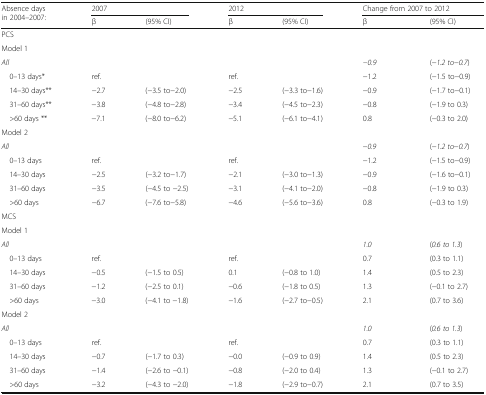
<table><thead><tr><td rowspan="2"><b>Absence days in 2004–2007:</b></td><td colspan="2"><b>2007</b></td><td colspan="2"><b>2012</b></td><td colspan="2"><b>Change from 2007 to 2012</b></td></tr><tr><td><b>β</b></td><td><b>(95% CI)</b></td><td><b>β</b></td><td><b>(95% CI)</b></td><td><b>β</b></td><td><b>(95% CI)</b></td></tr></thead><tbody><tr><td colspan="7">PCS</td></tr><tr><td colspan="7">Model 1</td></tr><tr><td><i>All</i></td><td></td><td></td><td></td><td></td><td><i>−0.9</i></td><td>(−<i>1.2 to</i>−<i>0.7</i>)</td></tr><tr><td> 0–13 days*</td><td>ref.</td><td></td><td>ref.</td><td></td><td>−1.2</td><td>(−1.5 to−0.9)</td></tr><tr><td> 14–30 days**</td><td>−2.7</td><td>(−3.5 to−2.0)</td><td>−2.5</td><td>(−3.3 to−1.6)</td><td>−0.9</td><td>(−1.7 to−0.1)</td></tr><tr><td> 31–60 days**</td><td>−3.8</td><td>(−4.8 to−2.8)</td><td>−3.4</td><td>(−4.5 to−2.3)</td><td>−0.8</td><td>(−1.9 to 0.3)</td></tr><tr><td> &gt;60 days **</td><td>−7.1</td><td>(−8.0 to−6.2)</td><td>−5.1</td><td>(−6.1 to−4.1)</td><td>0.8</td><td>(−0.3 to 2.0)</td></tr><tr><td colspan="7">Model 2</td></tr><tr><td><i>All</i></td><td></td><td></td><td></td><td></td><td>−<i>0.9</i></td><td>(−<i>1.2 to</i>−<i>0.7</i>)</td></tr><tr><td> 0–13 days</td><td>ref.</td><td></td><td>ref.</td><td></td><td>−1.2</td><td>(−1.5 to−0.9)</td></tr><tr><td> 14–30 days</td><td>−2.5</td><td>(−3.2 to−1.7)</td><td>−2.1</td><td>(−3.0 to−1.3)</td><td>−0.9</td><td>(−1.6 to−0.1)</td></tr><tr><td> 31–60 days</td><td>−3.5</td><td>(−4.5 to −2.5)</td><td>−3.1</td><td>(−4.1 to−2.0)</td><td>−0.8</td><td>(−1.9 to 0.3)</td></tr><tr><td> &gt;60 days</td><td>−6.7</td><td>(−7.6 to−5.8)</td><td>−4.6</td><td>(−5.6 to−3.6)</td><td>0.8</td><td>(−0.3 to 1.9)</td></tr><tr><td colspan="7">MCS</td></tr><tr><td colspan="7">Model 1</td></tr><tr><td><i>All</i></td><td></td><td></td><td></td><td></td><td><i>1.0</i></td><td>(<i>0.6 to 1.3</i>)</td></tr><tr><td> 0–13 days</td><td>ref.</td><td></td><td>ref.</td><td></td><td>0.7</td><td>(0.3 to 1.1)</td></tr><tr><td> 14–30 days</td><td>−0.5</td><td>(−1.5 to 0.5)</td><td>0.1</td><td>(−0.8 to 1.0)</td><td>1.4</td><td>(0.5 to 2.3)</td></tr><tr><td> 31–60 days</td><td>−1.2</td><td>(−2.5 to 0.1)</td><td>−0.6</td><td>(−1.8 to 0.5)</td><td>1.3</td><td>(−0.1 to 2.7)</td></tr><tr><td> &gt;60 days</td><td>−3.0</td><td>(−4.1 to −1.8)</td><td>−1.6</td><td>(−2.7 to−0.5)</td><td>2.1</td><td>(0.7 to 3.6)</td></tr><tr><td colspan="7">Model 2</td></tr><tr><td><i>All</i></td><td></td><td></td><td></td><td></td><td><i>1.0</i></td><td>(<i>0.6 to 1.3</i>)</td></tr><tr><td> 0–13 days</td><td>ref.</td><td></td><td>ref.</td><td></td><td>0.7</td><td>(0.3 to 1.1)</td></tr><tr><td> 14–30 days</td><td>−0.7</td><td>(−1.7 to 0.3)</td><td>−0.0</td><td>(−0.9 to 0.9)</td><td>1.4</td><td>(0.5 to 2.3)</td></tr><tr><td> 31–60 days</td><td>−1.4</td><td>(−2.6 to −0.1)</td><td>−0.8</td><td>(−2.0 to 0.4)</td><td>1.3</td><td>(−0.1 to 2.7)</td></tr><tr><td> &gt;60 days</td><td>−3.2</td><td>(−4.3 to −2.0)</td><td>−1.8</td><td>(−2.9 to−0.7)</td><td>2.1</td><td>(0.7 to 3.5)</td></tr></tbody></table>